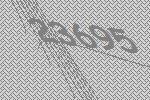
23695